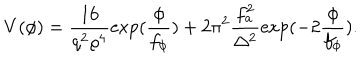
V ( \phi ) = \frac { 1 6 } { q ^ { 2 } \varrho ^ { 4 } } \exp ( \frac { \phi } { f _ { \phi } } ) + 2 \pi ^ { 2 } \frac { f _ { a } ^ { 2 } } { \Delta ^ { 2 } } \exp ( - 2 \frac { \phi } { f _ { \phi } } ) .